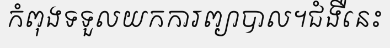
កំពុងទទួលយកការព្យាបាល។ជំងឺនេះ